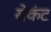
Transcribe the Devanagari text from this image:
सेकंट